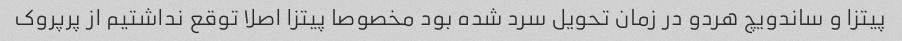
پیتزا و ساندویچ هردو در زمان تحویل سرد شده بود مخصوصا پیتزا اصلا توقع نداشتیم از پرپروک